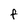
Character: F